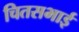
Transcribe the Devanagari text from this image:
चितसभाई